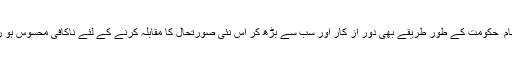
مشرقی نظام ِ حكومت كے طور طریقے بھی دور از كار اور سب سے بڑھ كر اس نئی صورتحال كا مقابلہ كرنے كے لئے ناكافی محسوس ہو رہے تھے۔